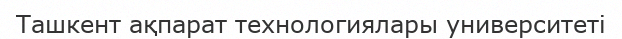
Ташкент ақпарат технологиялары университеті